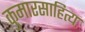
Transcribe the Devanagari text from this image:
कुमारसाहित्य